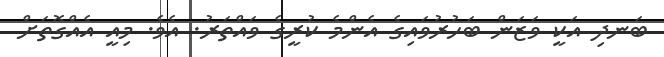
ބަނދި އަކީ ވަޒަން ބަހުރުވައިގެ އެންމެ ކުރީގެ ވައްތަރު. އެވެ. މިއީ އެއްގޮތަށް